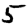
Digit: 5